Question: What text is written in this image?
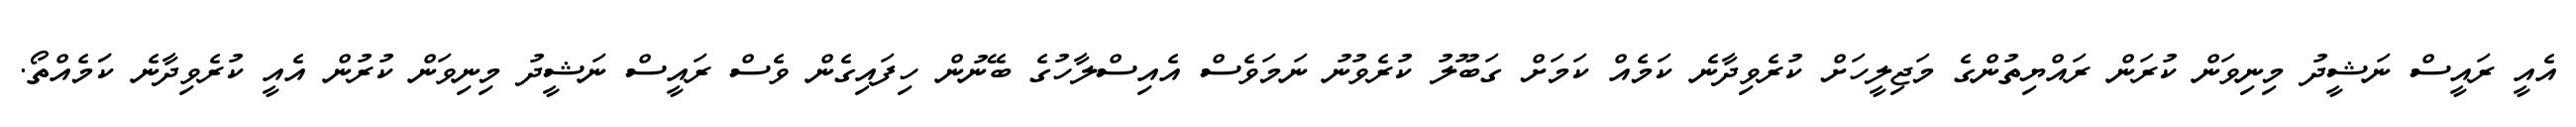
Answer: އެއީ ރައީސް ނަޝީދު މިނިވަން ކުރަން ރައްޔިތުންގެ މަޖިލީހަށް ކުރެވިދާނެ ކަމެއް ކަމަށް ގަބޫލު ކުރެވުނު ނަމަވެސް އެއިސްލާހުގެ ބޭނުން ހިފައިގެން ވެސް ރައީސް ނަޝީދު މިނިވަން ކުރުން އެއީ ކުރެވިދާނެ ކަަމެއްތޯ.